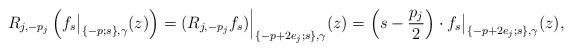
LaTeX: \begin{align*}R_{j,-p_j}\left(f_s\big|_{\{-p;s\},\gamma}(z)\right)= (R_{j,-p_j}f_s)\Big|_{\{-p+2e_j;s\},\gamma}(z)=\left(s-\frac{p_j}{2}\right)\cdot f_s\big|_{\{-p+2e_j;s\},\gamma}(z),\end{align*}